Sketch of the medical history of the native army of Bombay, for the year
Year: 1876
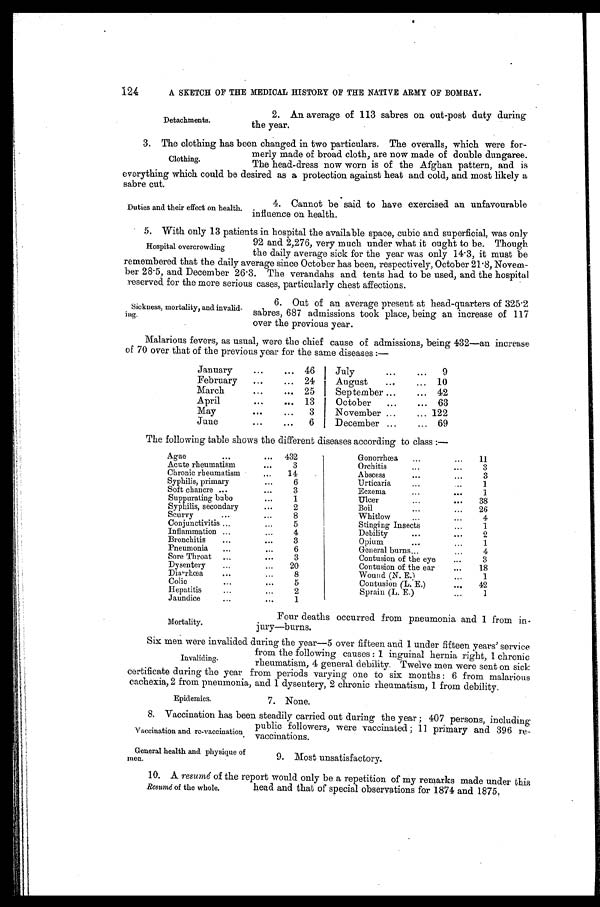
Epidemics.
7. None.
124
A SKETCH OF THE MEDICAL HISTORY OF THE NATIVE ARMY OF BOMBAY.
Detachments.
2. An average of 113 sabres on out-post duty during
the year.
3. The Clothing has been changed in two particulars. The overalls, which were for-
Clothing.
merly made of broad cloth, are now made of double dungaree.
The head-dress now worn is of the Afghan pattern, and is
everything which could be desired as a protection against heat and cold, and most likely a
sabre cut.
4. Cannot be said to have exercised an unfavourable
influence on health.
Duties and their effect on health.
5. With only 13 patients in hospital the available space, cubic and superficial, was only
Hospital overcrowding
92 and 2,276, very much under what it ought to be. Though
the daily average sick for the year was only 14.3, it must be
remembered that the daily average since October has been, respectively, October 21.8, Novem-
ber 28.5, and December 26.3. The verandahs and tents had to be used, and the hospital
reserved for the more serious cases, particularly chest affections.
Sickness, mortality, and invalid-
ing.
6. Out of an average present at head-quarters of 325.2
sabres, 687 admissions took place, being an increase of 117
over the previous year.
Malarious fevers, as usual, were the chief cause of admissions, being 432—an increase
of 70 over that of the previous year for the same diseases :—
January
...
. . .
46
July
...
. . . 9
February
...
. . .
24
August
...
. . . 10
March
...
... 25
September ...
... 42
April
. . . ...
13
October
...
. . . 63
May
...
. . .
3
November ...
. . . 122
June
...
...
6
December ...
... 69
The following table shows the different diseases according to class :—
Ague
...
... 432
Gonorrhœa
...
1 1
Acute rheumatism
...
3
Orchitis
...
...
3
Chronic rheumatism
. . .
14
Abscess
...
...
3
Syphilis, primary
6
Urticaria
...
...
1
Soft chancre ...
...
3
Eczema
1
Suppurating bubo
...
1
Ulcer...
38
Syphilis, secondary
...
2
Boil
...
...
26
Scurvy
...
8
Whitlow
...
4
Conjunctivitis ...
...
5
Stinging Insects
...
1
Inflammation ...
...
4
Debility
...
...
2
Bronchitis
...
. . .
3
Opium
...
...
1
Pneumonia
...
...
6
General burns...
4
Sore Throat ...
...
3
Contusion of the eye
...
3
Dysentery
... . ,
20
Contusion of the ear
...
18
Diarrhœa
... ...
8
Wound (N. E.)
. . .
1
Colic...
5
Contusion (L. E.)
...
42
Hepatitis...
2
Sprain (L. E.)
...
1
Jaundice...
1
Mortality.
Four deaths occurred from pneumonia and 1 from in-
jury—burns.
Six men were invalided during the year—5 over fifteen and 1 under fifteen years' service
from the following causes : 1 inguinal hernia right, 1 chronic
rheumatism, 4 general debility. Twelve men were sent on sick
certificate during the year from periods varying one to six months : 6 from malarious
cachexia, 2 from pneumonia, and 1 dysentery, 2 chronic rheumatism, 1 from debility.
Invaliding.
8. Vaccination has been steadily carried out during the year ; 407 persons, including
public followers, were vaccinated ; 11 primary and 396 re-
vaccinations.
Vaccination and re-vaccination
General health and physique of
men.
9. Most unsatisfactory.
10. A. resumé of the report would only be a repetition of my remarks made
under thia
Reminé of the whole.
a.
head and that of special observations for 1874 and 1875,